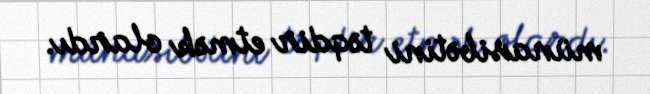
münasibətini təqdir etmək olardı.